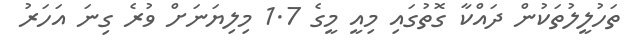
ތަހުލީލުތަކުން ދައްކާ ގޮތުގައި މިއީ މީގެ 1.7 މިލިޔަނަށް ވުރެ ގިނަ އަހަރު